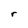
Character: r